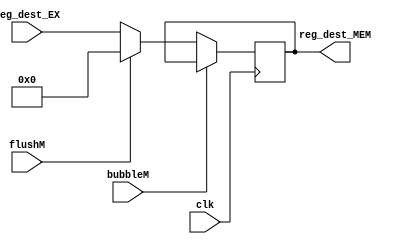
`timescale 1ns / 1ps
//  
    // EX\MEM
// 
    // clk               
    // reg_dest_EX       EX
    // bubbleM           MEMbubble
    // flushM            MEMflush
// 
    // reg_dest_MEM       
//   
    // 

module Addr_MEM(
    input wire clk, bubbleM, flushM,
    input wire [4:0] reg_dest_EX,
    output reg [4:0] reg_dest_MEM
    );

    initial reg_dest_MEM = 0;
    
    always@(posedge clk)
        if (!bubbleM) 
        begin
            if (flushM)
                reg_dest_MEM <= 0;
            else 
                reg_dest_MEM <= reg_dest_EX;
        end
    
endmodule